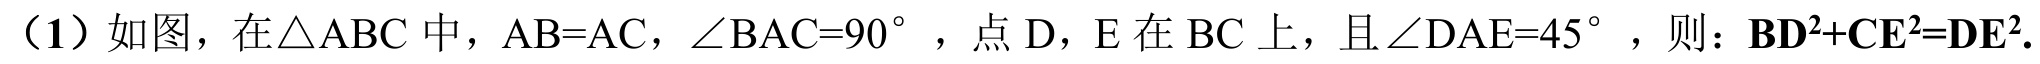
（1）如图，在\(\triangle ABC\)中，\(AB = AC\)，\(\angle BAC = 90^{\circ}\)，点\(D\)，\(E\)在\(BC\)上，且\(\angle DAE = 45^{\circ}\)，则：\(BD^{2}+CE^{2}=DE^{2}\).